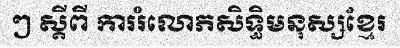
ៗ ស្តីពី ការរំលោភសិទ្ធិមនុស្សខ្មែរ